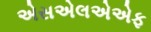
એસએલએએફ